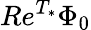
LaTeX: Re^{T_{*}}\Phi_{0}